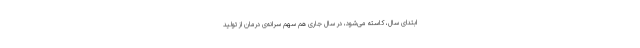
ابتدای سال، کاسته می‌شود، در سال جاری هم سهم سرانه‌ی درمان از تولید